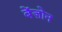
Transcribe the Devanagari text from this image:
बेंज़ोन